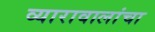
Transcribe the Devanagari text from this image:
व्यारावालांचा